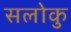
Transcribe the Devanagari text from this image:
सलोकु